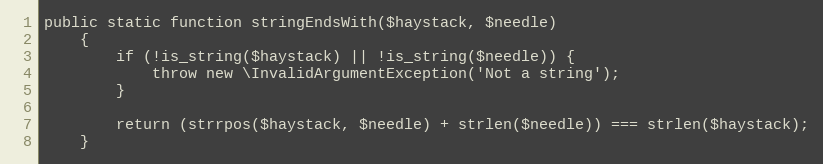
Language: PHP
public static function stringEndsWith($haystack, $needle)
    {
        if (!is_string($haystack) || !is_string($needle)) {
            throw new \InvalidArgumentException('Not a string');
        }

        return (strrpos($haystack, $needle) + strlen($needle)) === strlen($haystack);
    }